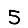
Digit: 5